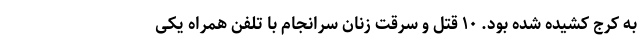
به کرج کشیده شده بود. ۱۰ قتل و سرقت زنان سرانجام با تلفن همراه یکی